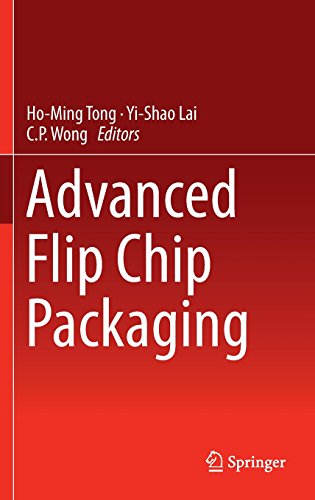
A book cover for Advanced Flip Chip Packaging; Science & Math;